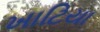
ખાટિયા